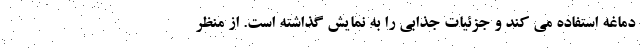
دماغه استفاده می کند و جزئیات جذابی را به نمایش گذاشته است. از منظر